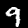
Digit: 9